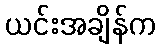
ယင်းအချိန်က